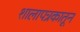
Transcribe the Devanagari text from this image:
शालापत्रकातून